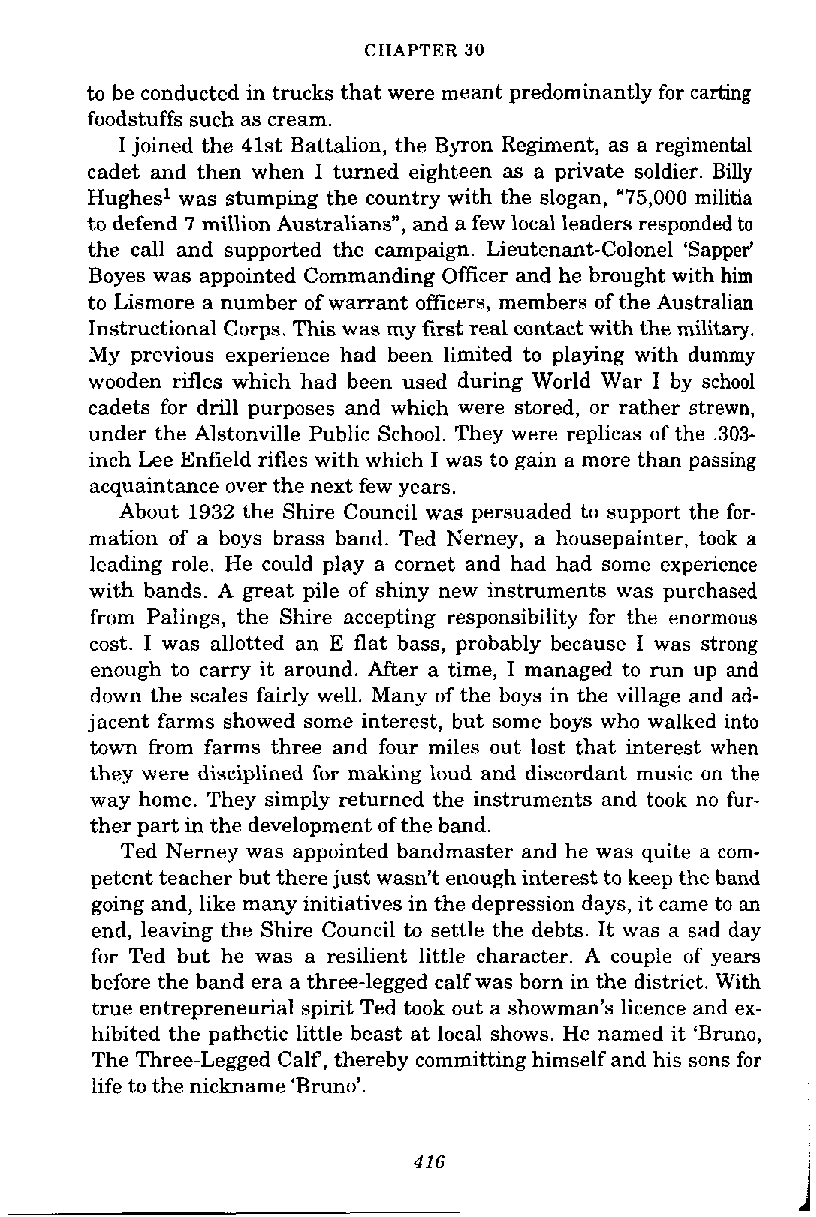
CHAPTER 30
 to be conducted in trucks that were meant predominantly for carting
 foodstuffs such as cream.
 I joined the 41st Battalion, the Byron Regiment, as a regimental
 cadet and then when I turned eighteen as a private soldier. Billy
 Hughes1 was stumping the country with the slogan, "75,000 militia
 to defend 7 million Australians", and a few local leaders responded to
 the call and supported the campaign. Lieutenant-Colonel 'Sapper'
 Boyes was appointed Commanding Officer and he brought with him
 to Lismore a number of warrant officers, members of the Australian
 Instructional Corps. This was my first real contact with the military.
 My previous experience had been limited to playing with dummy
 wooden rifles which had been used during World War I by school
 cadets for drill purposes and which were stored, or rather strewn,
 under the Alstonville Public School. They were replicas of the ,303-
 inch Lee Enfield rifles with which I was to gain a more than passing
 acquaintance over the next few years.
 About 1932 the Shire Council was persuaded to support the for-
 mation of a boys brass band. Ted Nerney, a housepainter, took a
 leading role. He could play a cornet and had had some experience
 with bands. A great pile of shiny new instruments was purchased
 from Palings, the Shire accepting responsibility for the enormous
 cost. I was allotted an E flat bass, probably because I was strong
 enough to carry it around. After a time, I managed to run up and
 down the scales fairly well. Many of the boys in the village and ad-
 jacent farms showed some interest, but some boys who walked into
 town from farms three and four miles out lost that interest when
 they were disciplined for making loud and discordant music on the
 way home. They simply returned the instruments and took no fur-
 ther part in the development of the band.
 Ted Nerney was appointed bandmaster and he was quite a com-
 petent teacher but there just wasn't enough interest to keep the band
 going and, like many initiatives in the depression days, it came to an
 end, leaving the Shire Council to settle the debts. It was a sad day
 for Ted but he was a resilient little character. A couple of years
 before the band era a three-legged calf was born in the district. With
 true entrepreneurial spirit Ted took out a showman's licence and ex-
 hibited the pathetic little beast at local shows. He named it 'Bruno,
 The Three-Legged Calf, thereby committing himself and his sons for
 life to the nickname 'Bruno'.